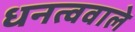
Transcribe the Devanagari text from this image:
धनत्ववाले